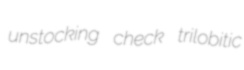
unstocking check trilobitic